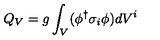
Q _ { V } = g \int _ { V } ( \phi ^ { \dagger } \sigma _ { i } \phi ) d V ^ { i }